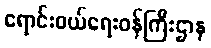
ရောင်းဝယ်ရေးဝန်ကြီးဌာန